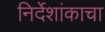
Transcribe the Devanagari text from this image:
निर्देशांकाचा